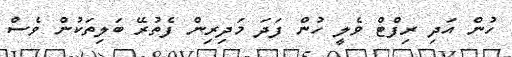
ހުން އަދި ރިފްޓް ވެލީ ހުން ފަދަ މަދިރިން ފެތުރޭ ބަލިތަކުން ވެސް